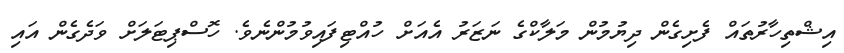
އިޝްތިހާރުތައް ފެށިގެން ދިޔުމުން މަލާކްގެ ނަޒަރު އެއަށް ހުއްޓިފައިވުމުންނެވެ. ހޮސްޕިޓަލަށް ވަދެގެން އައި